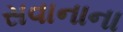
સવાનાના